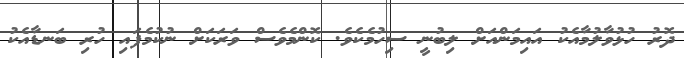
ދޮރު ހުޅުވާލުމާއެކު އައިމަންއަށް ލިބުނީ ސިހުމެކެވެ. ކޮންމެވެސް ވަރަކަށް ނުކުމެފައި ހުރި ބަނޑާއެކު